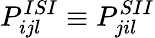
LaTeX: P_{ijl}^{ISI}\equiv P_{jil}^{SII}